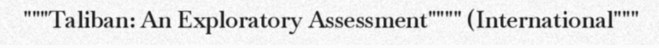
"""Taliban: An Exploratory Assessment"""" (International"""